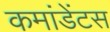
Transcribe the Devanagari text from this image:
कमांडेंटस